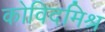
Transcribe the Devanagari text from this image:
कोविदमिश्र